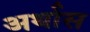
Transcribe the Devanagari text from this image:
अर्थास